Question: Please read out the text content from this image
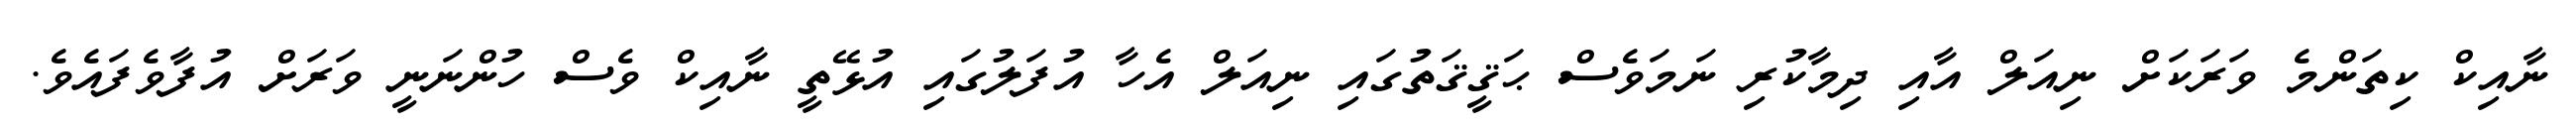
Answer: ނާއިކް ކިތަންމެ ވަރަކަށް ނިއަލް އާއި ދިމާކުރި ނަމަވެސް ޙަޤީޤަތުގައި ނިއަލް އެހާ އުފަލުގައި އުޅޭތީ ނާއިކް ވެސް ހުންނަނީ ވަރަށް އުފާވެފައެވެ.